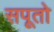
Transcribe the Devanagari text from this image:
सपूतो